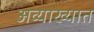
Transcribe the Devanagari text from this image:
अव्याख्यात